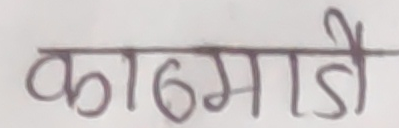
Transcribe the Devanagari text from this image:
काठमाडी